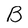
Character: B